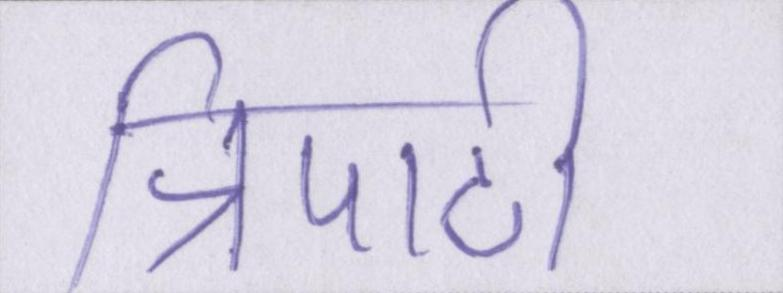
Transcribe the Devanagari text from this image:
त्रिपाठी